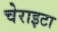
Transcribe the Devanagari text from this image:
चेराइटा